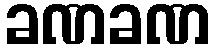
ခဏခဏ